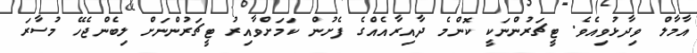
އާމާލް ވިދާޅުވިއެވެ. ޓީޗަރުންނަކީ ކޮންމެ ދާއިރާއެއްގެ ފެށުން ކަމަށްވާއިރު ޓީޗަރުންނަށް ލިބެންޖެހޭ މުސާރަ